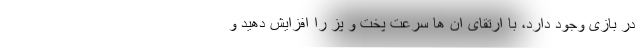
در بازی وجود دارد، با ارتقای ان ها سرعت پخت و پز را افزایش دهید و